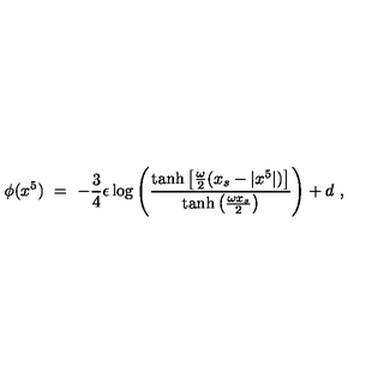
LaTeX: \phi ( x ^ { 5 } ) \ = \ - \frac { 3 } { 4 } \epsilon \log \left( \frac { \tanh \left[ \frac { \omega } { 2 } ( x _ { s } - | x ^ { 5 } | ) \right] } { \tanh \left( \frac { \omega x _ { s } } { 2 } \right) } \right) + d \ ,